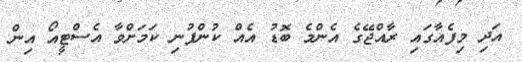
އަދި މިފެއާގައި ރާއްޖޭގެ އެންމެ ބޮޑު އެއް ކުންފުނި ކަމަށްވާ އެސްޓީއޯ އިން